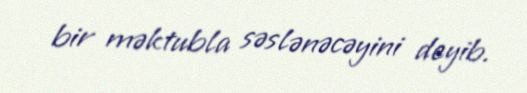
bir məktubla səslənəcəyini deyib.